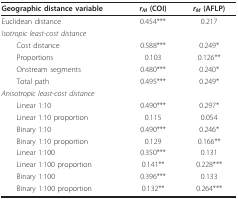
<table><thead><tr><td><b>Geographic distance variable</b></td><td><b><i>r<sub>M </sub></i>(COI)</b></td><td><b><i>r<sub>M </sub></i>(AFLP)</b></td></tr></thead><tbody><tr><td>Euclidean distance</td><td>0.454***</td><td>0.217</td></tr><tr><td><i>Isotropic least-cost distance</i></td><td></td><td></td></tr><tr><td> Cost distance</td><td>0.588***</td><td>0.249*</td></tr><tr><td> Proportions</td><td>0.103</td><td>0.126**</td></tr><tr><td> Onstream segments</td><td>0.480***</td><td>0.240*</td></tr><tr><td> Total path</td><td>0.495***</td><td>0.249*</td></tr><tr><td><i>Anisotropic least-cost distance</i></td><td></td><td></td></tr><tr><td> Linear 1:10</td><td>0.490***</td><td>0.297*</td></tr><tr><td> Linear 1:10 proportion</td><td>0.115</td><td>0.054</td></tr><tr><td> Binary 1:10</td><td>0.490***</td><td>0.246*</td></tr><tr><td> Binary 1:10 proportion</td><td>0.129</td><td>0.166**</td></tr><tr><td> Linear 1:100</td><td>0.350***</td><td>0.131</td></tr><tr><td> Linear 1:100 proportion</td><td>0.141**</td><td>0.228***</td></tr><tr><td> Binary 1:100</td><td>0.396***</td><td>0.133</td></tr><tr><td> Binary 1:100 proportion</td><td>0.132**</td><td>0.264***</td></tr></tbody></table>